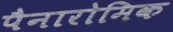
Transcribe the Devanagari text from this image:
पैनारोमिक